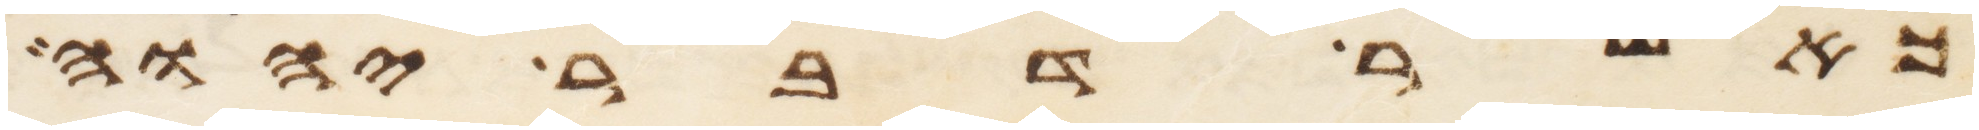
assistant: כאשר דבר יהוה